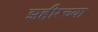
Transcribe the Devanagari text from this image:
झहीरच्या